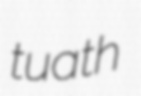
tuath